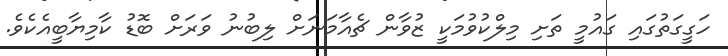
ހަގީގަތުގައި ގައުމީ ތަށި މިލްކުވުމަކީ ޒުވާން ޗެއާމަނަށް ލިބުނު ވަރަށް ބޮޑު ކާމިޔާބީއެކެވެ.